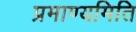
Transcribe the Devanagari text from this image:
प्रमाण्यमिति